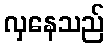
လှနေသည်